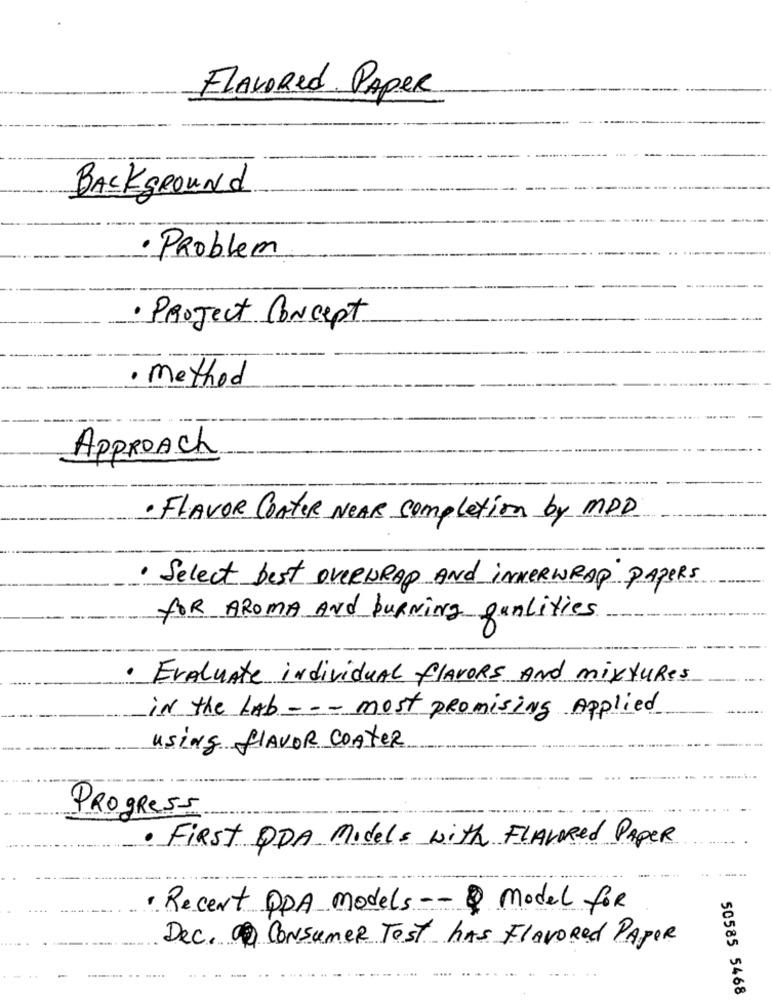
FLAVORed Paper
Background
Problem
· Project Concept
· Method
Approach
· FLAVOR Conter NEAR completion by MDD
· Select best overWRAP And INNERWRAP PAPERS
for AROMA And buRNing gunlities
· Evaluate individual flavors And mixtures
in the Lab- - - most promising Applied
using fLAVOR COATER
PROGRESS
First ODA Models with FLAVORed PAPER
· Recent PPA models -- model for
Dec. 1 Consumer Test has FLAVORed PAPER
50585 5468